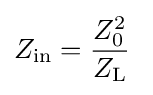
Z_{\mathrm {in} }={\frac {Z_{0}^{2}}{Z_{\mathrm {L} }}}~